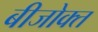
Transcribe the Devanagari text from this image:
बीजोक्त